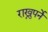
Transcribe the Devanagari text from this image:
राख्नुपर्ने